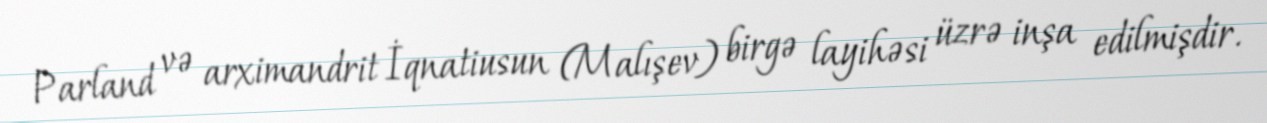
Parland və arximandrit İqnatiusun (Malışev) birgə layihəsi üzrə inşa edilmişdir.